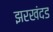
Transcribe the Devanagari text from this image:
झरखंदड